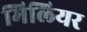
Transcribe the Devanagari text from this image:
मिलियर